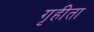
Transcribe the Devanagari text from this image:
गृहीता